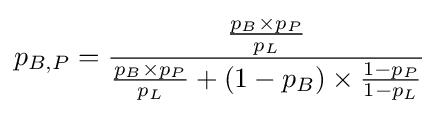
p_{B,P}={\frac {\frac {p_{B}\times p_{P}}{p_{L}}}{{\frac {p_{B}\times p_{P}}{p_{L}}}+(1-p_{B})\times {\frac {1-p_{P}}{1-p_{L}}}}}